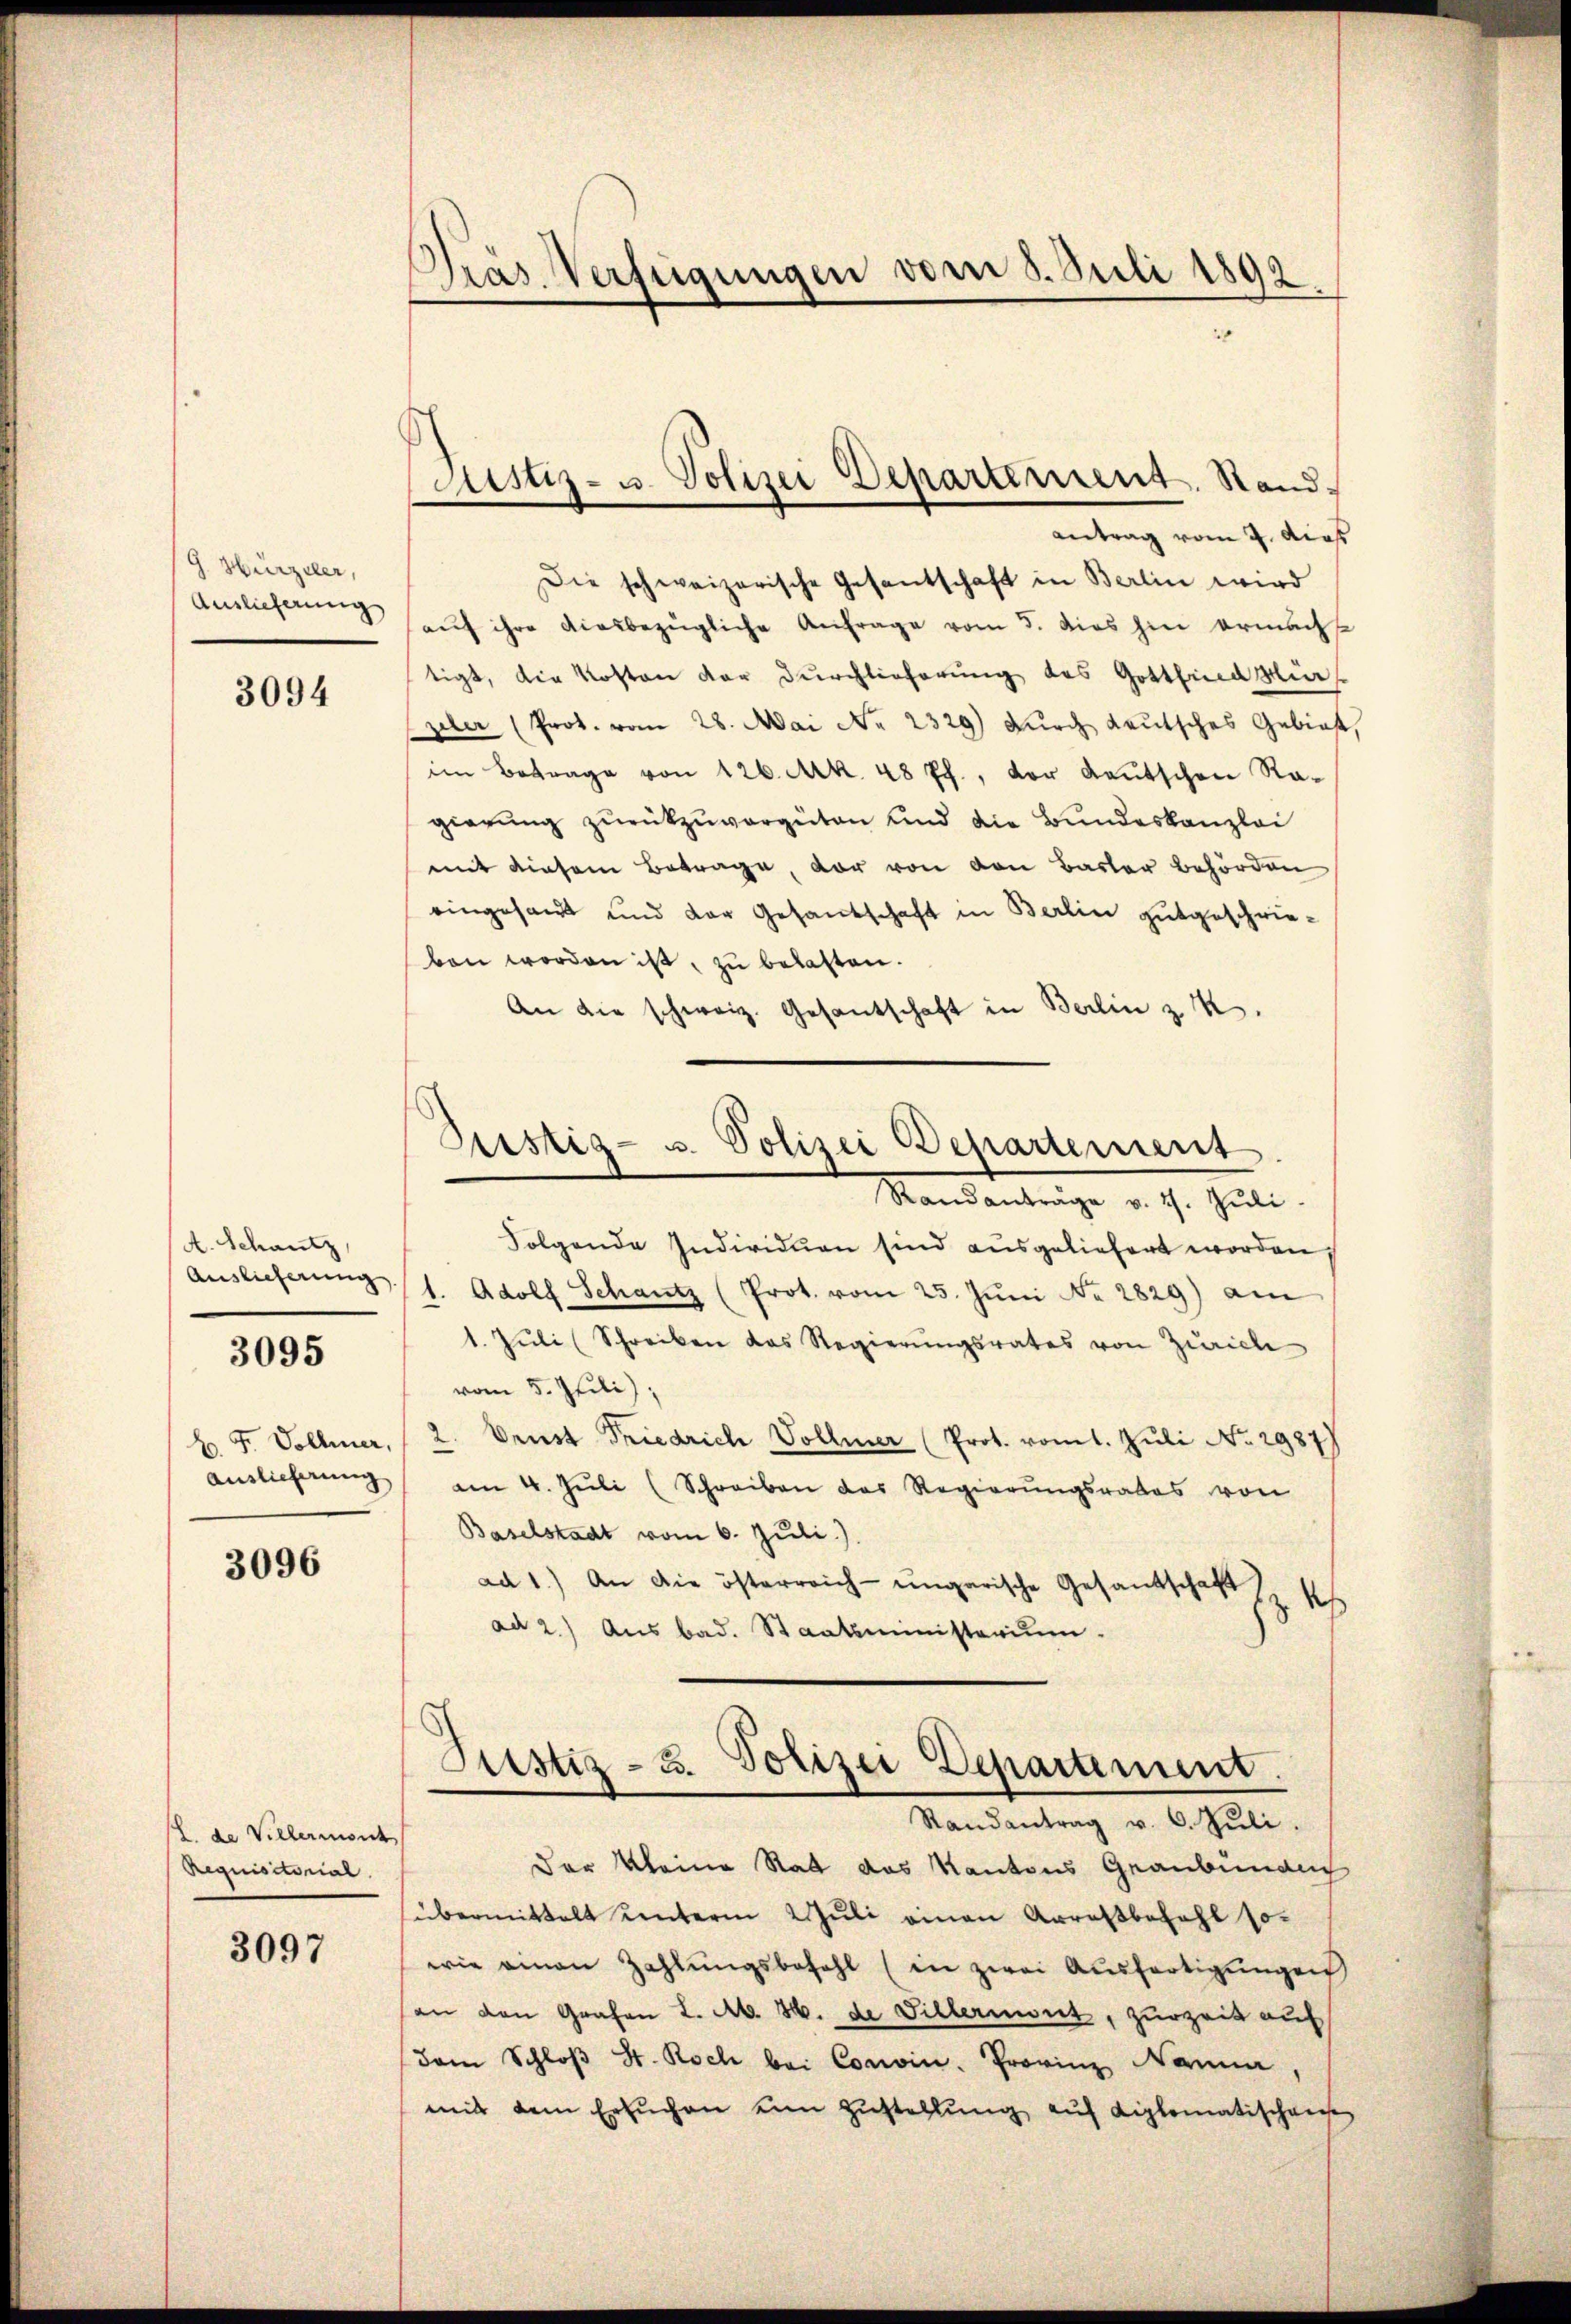
G. Hirzeler,
Auslieferung

3094

A. Schantz,
Auslieferung

3095

H. F. Vollmer,
Auslieferung

3096

E de Vellermont
Requisitorial.

3097

Pras. Verfügungen vom 3. Juli 1892.

Justiz- u. Polizei Departement. Stand-

Antrag vom 2. dies
Die schweizerische Gesantschaft in Berlin wird
auf ihre diesbezügliche Anfrage vom 5. dies hin ermacht
tigt, die Kosten der Durchlieferung des Gottfind mir
zler (Prot. vom 28. Mai No 2329) Durch deutsches Gebiet,
im Betrage von 126. Mk. 48 ff., der Leŭtschen Ragierung zurückzuvergüten und die Bundeskanzlei
mit diesem Betrage, vor von den Basler Behörden
eingesandt und der Gesandschaft in Berlin gutgeschrieben worden ist, zu belasten.
An die schweiz. Gesantschaft in Berlin z. B.
Justiz- u. Polizei Departement
Randanträge v. 4. Juli
Folgende Individuen sind ausgeliefert worden,
1. Adolf Schantz (Prot. vom 25. Jŭni No 2829) am
1. Jŭli (Schreiben das Regierŭngsrates von Zürich
vom 5. Juli);
2. Brust Friedrich Vollmer (Prot. vom 1. Juli No 2987)
am 4. Jŭli (Schreiben des Regierungsrates von
Baselstadt vom 6. Juli.)
ad 1.) An die österreich-ungarische Gesandschaft h
ad 2.) Aus bad. Staatsministerium

Justiz - 3. Polizei Departement.
Randantrag v. 6. Jŭli.

Der kleine Rat das Kantons Graubünden
übermittelt unterm 2 Juli einen Arrassbezahl so-
wie einen Zahlŭngsbefehl (in zwei Ausfertigungen
an den Grafen L. M. 14. de Gillernwut, zurzeit auf
dam Schloß St. Koch bei Convin. Provinz Nani
mit dem Ersuchen um Zustellŭng auf Liplomatischens